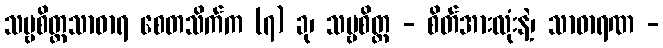
သဗ္ဗစိတ္တသာဓာရ စေတသိက်က (၇) ခု၊ သဗ္ဗစိတ္တ - စိတ်အားလုံးနဲ့၊ သာဓာရဏ -